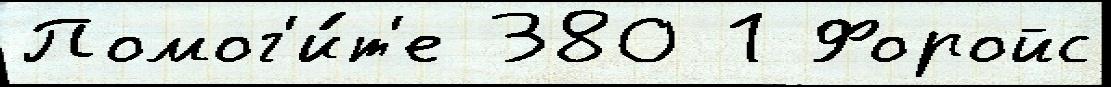
Помог'и́т'е 380 1 Форойс